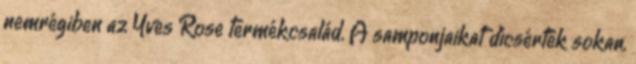
nemrégiben az Yves Rose termékcsalád. A samponjaikat dícsérték sokan,